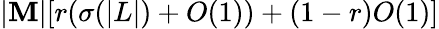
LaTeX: |\mathbf{M}|[r(\sigma(|L|)+O(1))+(1-r)O(1)]